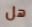
هل